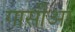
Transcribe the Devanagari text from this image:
गार्सीआ